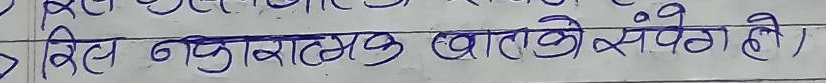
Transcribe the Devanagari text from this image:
बिल नकारात्मक खाताको सँगै हो।